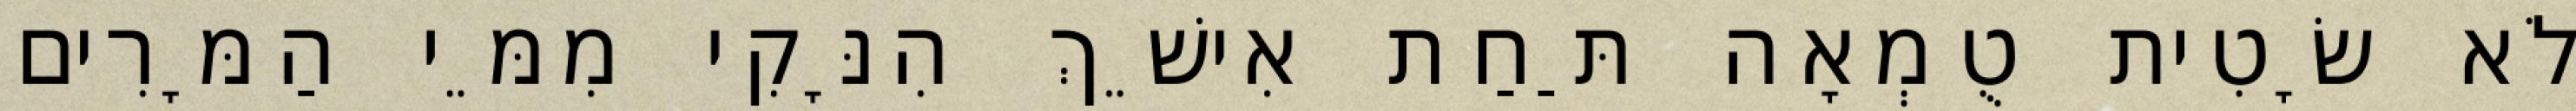
לֹא שָׂטִית טֻמְאָה תַּחַת אִישֵׁךְ הִנָּקִי מִמֵּי הַמָּרִים